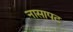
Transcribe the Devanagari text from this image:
नासापट